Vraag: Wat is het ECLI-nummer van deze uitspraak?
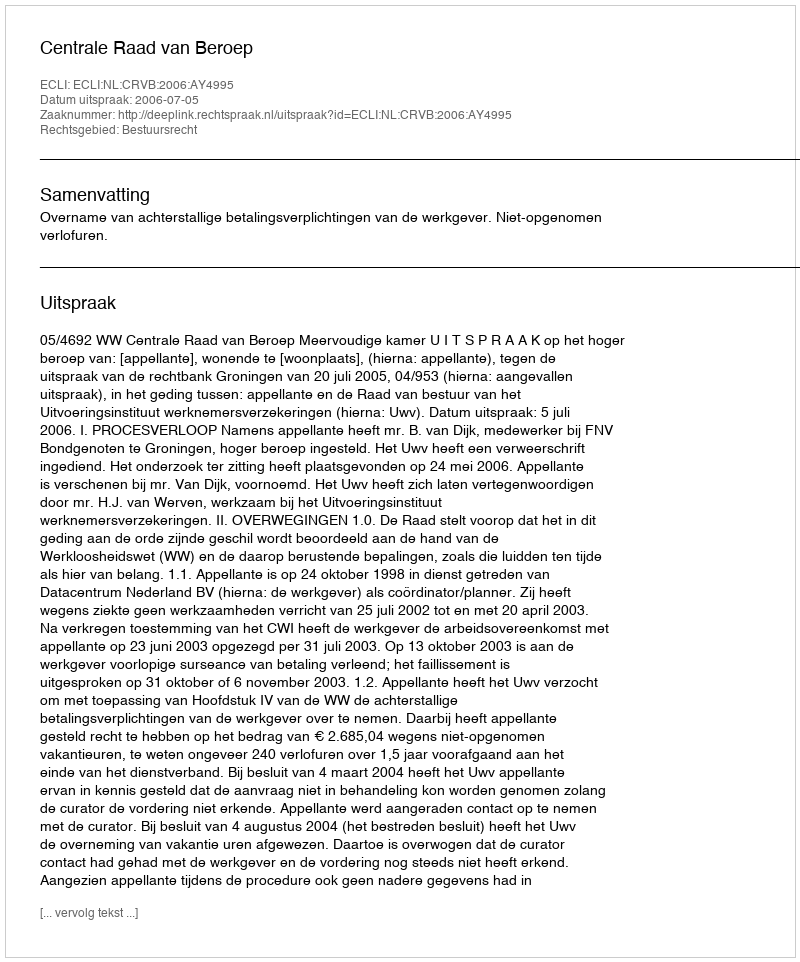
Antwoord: ECLI:NL:CRVB:2006:AY4995